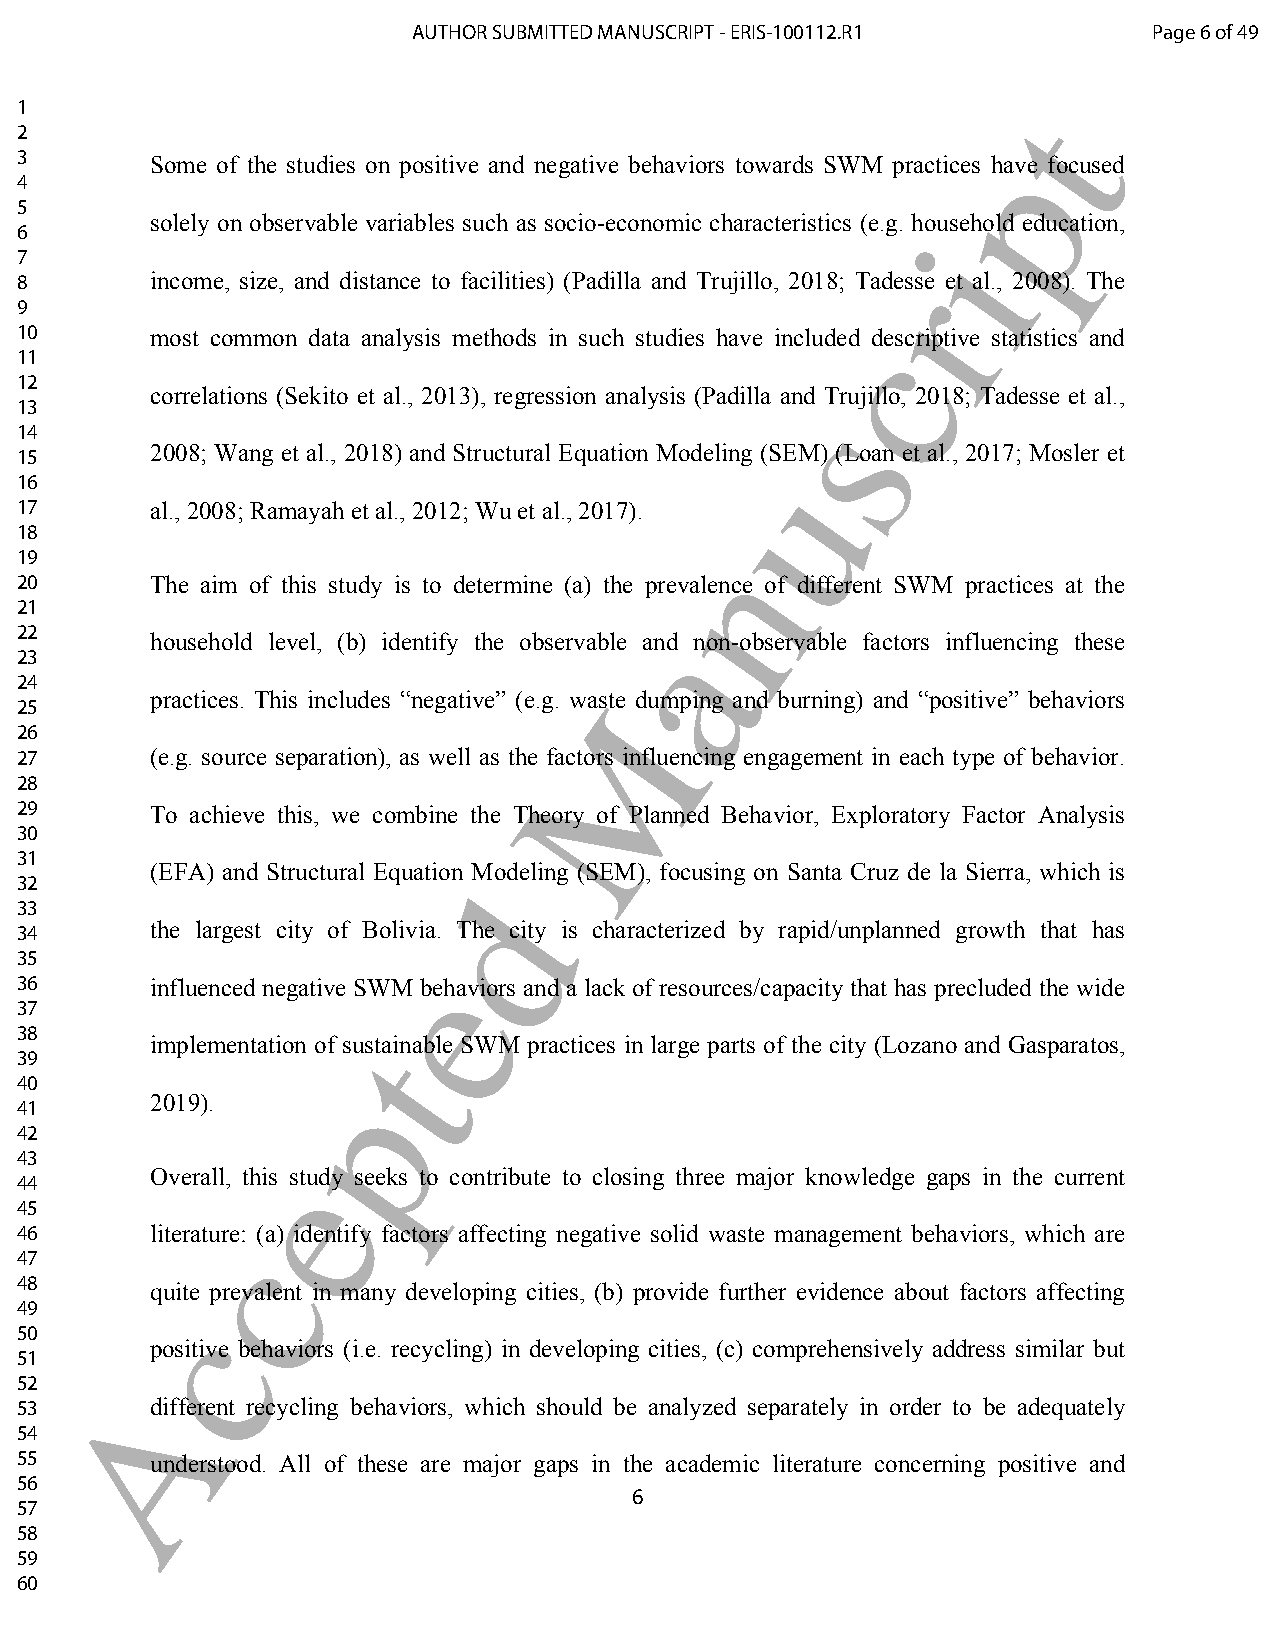
AUTHOR SUBMITTED MANUSCRIPT - ERIS-100112.R1     Page 6 of 49
 1                                                                 t
 2
 p
 3        Some of the studies on positive and negative behaviors towards SWM practices have focused
 4
 5
 solely on observable variables such as socio-economic characteristics (e.g. household education,
 6                                                           i
 7
 8        income, size, and distance to facilities) (Padilla and Trujillo, 2018; Tadresse et al., 2008). The
 9
 10       most common data analysis methods in such studies have includedc descriptive statistics and
 11
 12
 correlations (Sekito et al., 2013), regression analysis (Padilla and Trujillo, 2018; Tadesse et al.,
 s
 13
 14
 2008; Wang et al., 2018) and Structural Equation Modeling (SEM) (Loan et al., 2017; Mosler et
 15
 u
 16
 17       al., 2008; Ramayah et al., 2012; Wu et al., 2017).
 18
 n
 19
 20       The aim of this study is to determine (a) the prevalence of different SWM practices at the
 21
 a
 22
 household level, (b) identify the observable and non-observable factors influencing these
 23
 24
 practices. This includes “negative” (e.g. waMste dumping and burning) and “positive” behaviors
 25
 26
 27       (e.g. source separation), as well as the factors influencing engagement in each type of behavior.
 28
 29       To achieve this, we combine the Theory of Planned Behavior, Exploratory Factor Analysis
 30
 31
 (EFA) and Structural Equation Modeling (SEM), focusing on Santa Cruz de la Sierra, which is
 32                           d
 33
 34       the largest city of Bolivia. The city is characterized by rapid/unplanned growth that has
 35
 e
 36       influenced negative SWM behaviors and a lack of resources/capacity that has precluded the wide
 37
 38       implementation of sutstainable SWM practices in large parts of the city (Lozano and Gasparatos,
 39
 40                  p
 2019).
 41
 42
 43               e
 Overall, this study seeks to contribute to closing three major knowledge gaps in the current
 44
 45
 46       literatucre: (a) identify factors affecting negative solid waste management behaviors, which are
 47
 48       quite prevalent in many developing cities, (b) provide further evidence about factors affecting
 49        c
 50
 positive behaviors (i.e. recycling) in developing cities, (c) comprehensively address similar but
 51
 52     A
 53       different recycling behaviors, which should be analyzed separately in order to be adequately
 54
 55       understood. All of these are major gaps in the academic literature concerning positive and
 56
 6
 57
 58
 59
 60